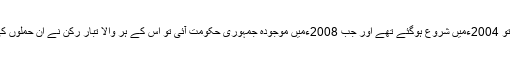
ڈرون حملے تو 2004ءمیں شروع ہوگئے تھے اور جب 2008ءمیں موجودہ جمہوری حکومت آئی تو اس کے ہر والا تبار رکن نے ان حملوں کی مذمت کی۔